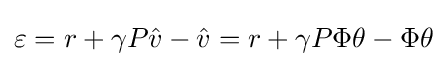
\varepsilon =r+\gamma P{\hat {v}}-{\hat {v}}=r+\gamma P\Phi \theta -\Phi \theta